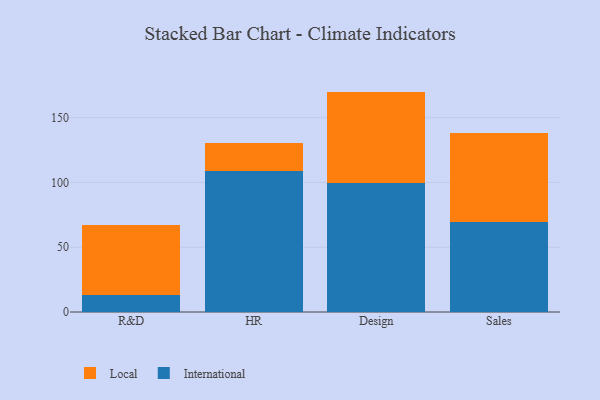
{"axis": {"x": "Department", "y": "Humidity (%)"}, "legend": ["International", "Local"], "data": [{"x": "R&D", "y": 13.0, "type": "International"}, {"x": "R&D", "y": 54.5, "type": "Local"}, {"x": "HR", "y": 108.9, "type": "International"}, {"x": "HR", "y": 21.7, "type": "Local"}, {"x": "Design", "y": 99.7, "type": "International"}, {"x": "Design", "y": 70.4, "type": "Local"}, {"x": "Sales", "y": 69.6, "type": "International"}, {"x": "Sales", "y": 68.4, "type": "Local"}]}